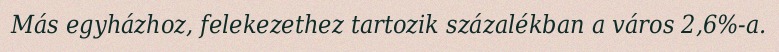
Más egyházhoz, felekezethez tartozik százalékban a város 2,6%-a.